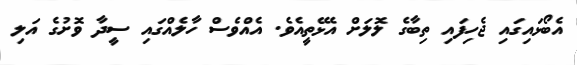
އެބޯޅައިގައި ޖެހިފައި ތިބާގެ ލޮލަށް އެޅޭތީއެވެ. އެއްވެސް ހާލެއްގައި ސީދާ ވޮށުގެ އަލި